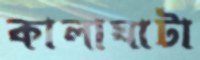
কালাঘাটা